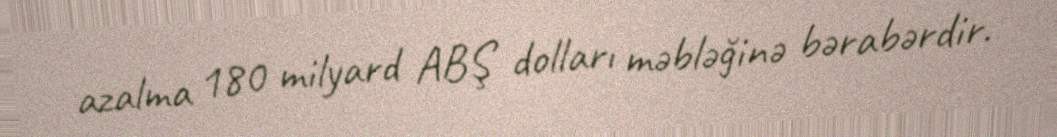
azalma 180 milyard ABŞ dolları məbləğinə bərabərdir.